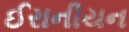
ઈરાનીયન